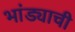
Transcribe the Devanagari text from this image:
भांड्याची